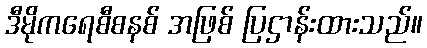
ဒီမိုကရေစီစနစ် အဖြစ် ပြဌာန်းထားသည်။